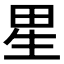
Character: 𰣀